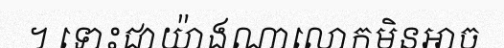
។ ទោះជាយ៉ាងណាលោកមិនអាច